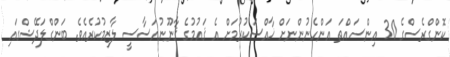
ކޮންގްރެސްގެ 30 އިންސައްތަ އަންހެނުންނަށް ޚާއްސަކުރުމަށް އެ ޤައުމުގެ ޤާނޫނުއަސާސީ ލާޒިމުކުރެއެވެ. ބަންގްލަދޭޝްގައި